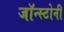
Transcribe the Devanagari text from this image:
जॉन्स्टोनी